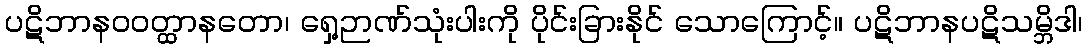
ပဋိဘာနဝဝတ္ထာနတော၊ ရှေ့ဉာဏ်သုံးပါးကို ပိုင်းခြားနိုင် သောကြောင့်။ ပဋိဘာနပဋိသမ္ဘိဒါ၊